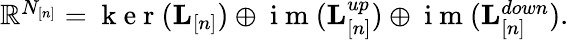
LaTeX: \begin{array}{r}{\mathbb{R}^{N_{[n]}}=\mathrm{~k~e~r~}({\mathbf L}_{[n]})\oplus\mathrm{~i~m~}({\mathbf L}_{[n]}^{up})\oplus\mathrm{~i~m~}({\mathbf L}_{[n]}^{down}).}\end{array}